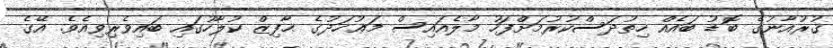
ޤުރުއާނުގެ ބޮޑު ބައެއް ހިތުދަސްކުރުމަށްފަހު މާލެއައިސް މަޢުހަދުގެ ޙާފިޒް ކުލާހުގައި ބައިވެރިވިއެވެ. އޭގެ